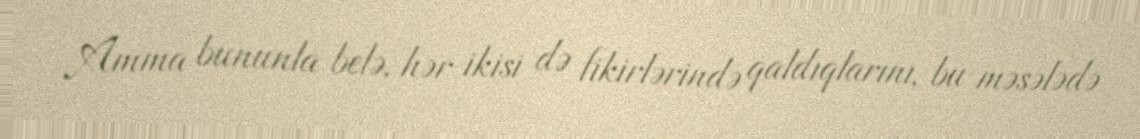
Amma bununla belə, hər ikisi də fikirlərində qaldıqlarını, bu məsələdə